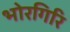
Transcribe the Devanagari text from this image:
भोरगिरि